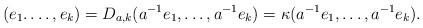
LaTeX: \begin{align*}(e_{1}. \dots, e_{k}) = D_{a,k}(a^{-1}e_{1}, \dots, a^{-1}e_{k}) = \kappa (a^{-1}e_{1}, \dots, a^{-1}e_{k}).\end{align*}